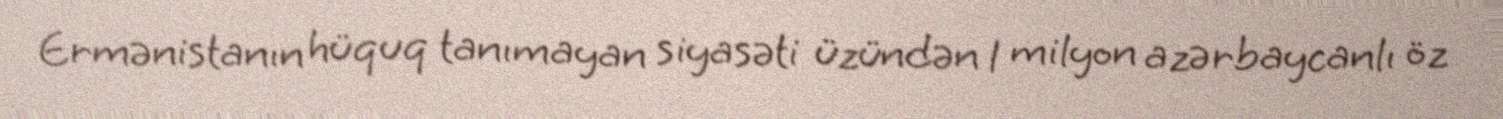
Ermənistanın hüquq tanımayan siyasəti üzündən 1 milyon azərbaycanlı öz